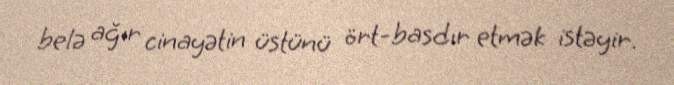
belə ağır cinayətin üstünü ört-basdır etmək istəyir.